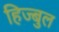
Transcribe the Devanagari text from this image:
हिज्बुल